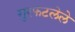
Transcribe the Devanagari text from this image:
गुरफटलेले